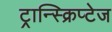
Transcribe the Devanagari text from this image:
ट्रान्स्क्रिप्टेज